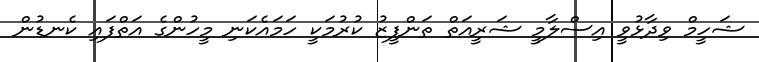
ޝަހީމް ވިދާޅުވީ އިސްލާމީ ޝަރީއަތް ތަންފީޒު ކުރުމަކީ ހަމައެކަނި މީހުންގެ އަތްފައި ކެނޑުން